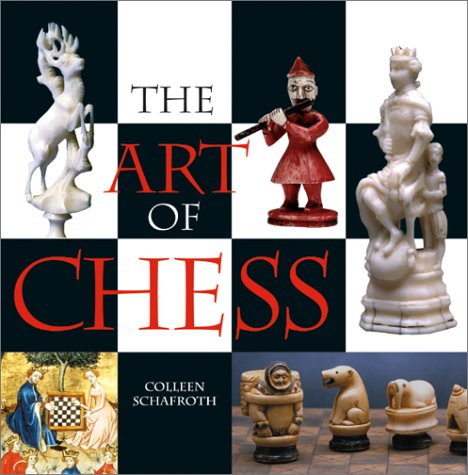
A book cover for The Art of Chess; Colleen Schafroth; Crafts, Hobbies & Home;